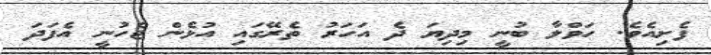
ފެށިއެވެ. ހަވްލާ ބުނީ މިދިޔަ ދެ އަހަރު ތެރޭގައި އުޅެން ޖެހުނީ އެފަދަ